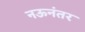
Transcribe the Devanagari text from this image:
नऊनंतर